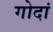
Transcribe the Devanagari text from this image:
गोदां